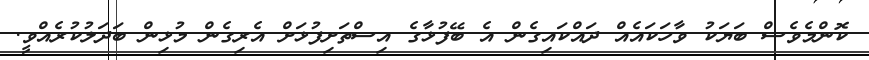
ކޮންމެވެސް ބަޔަކު ވާހަކައެއް ދައްކައިގެން އެ ބޭފުޅާގެ އިސްތަށިފުޅަށް އެރިގެން މުޅިން ބަދަލުކުރެއްވީ.